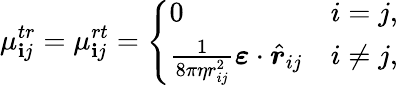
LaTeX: \mu_{\mathbf{i}j}^{tr}=\mu_{\mathbf{i}j}^{rt}=\left\{ \begin{array}{ll}{0}&{i=j,}\\ {\frac{1}{8\pi\eta r_{ij}^{2}}\boldsymbol{\varepsilon}\cdot\hat{\boldsymbol{r}}_{ij}}&{i\neq j,}\end{array}\right.